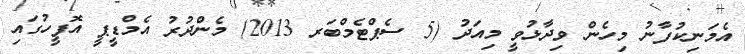
އެމަނިކުފާނު މިހެން ވިދާޅުވީ މިއަދު (5 ސެޕްޓެމްބަރ 2013) މެންދުރު އެމްޑީޕީ އޮފީހުގައި